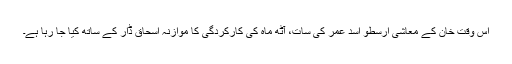
اس وقت خان کے معاشی ارسطو اسد عمر کی سات، آٹھ ماہ کی کارکردگی کا موازنہ اسحاق ڈار کے ساتھ کیا جا رہا ہے۔